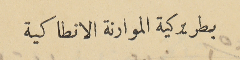
بطريركية الموارنة الانطاكية